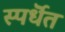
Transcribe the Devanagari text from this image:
स्पर्धॆत